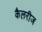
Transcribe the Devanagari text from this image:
कैलरीज